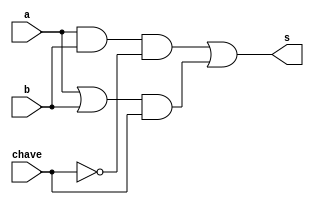
// ------------------------- 
// Exemplo0032 - exercicio2
// Nome: Rafael Tadeu Campos de Medeiros 
// ------------------------- 
// ------------------------- 
// LU_gate 
// ------------------------- 


module LU (output s, input a,input b, input chave);

wire tmp1,tmp2,notchave,tmp3,tmp4;
and AND1(tmp1,a,b);
or OR1(tmp2,a,b);
not NOT1(notchave,chave);
// parte do mux
and AND2(tmp3,tmp1,notchave);
and AND3(tmp4,tmp2,chave);
// parte da saida
or OR2 (s,tmp3,tmp4);

endmodule

module teste;
       reg a;
		 reg b;
       reg chave;
       wire s;

       LU test(s,a,b,chave);


initial begin:main 

$display("Exemplo0032 - Rafael Tadeu - 451609"); 
$display("Test exercicio02's module"); 

a=0;	b=0; chave=0;
$display("\nchave = 0 (operacao and) chave = 1 (operacao or)");

 #1 $monitor("a = %b  b = %b chave = %b saida = %b",a,b,chave, s);
#1a=0;	b=0; chave=0;
#1a=0;	b=0; chave=1;
#1a=0;	b=1; chave=0;
#1a=0;	b=1; chave=1;
#1a=1;	b=0; chave=0;
#1a=1;	b=0; chave=1;
#1a=1;	b=1; chave=0;
#1a=1;	b=1; chave=1;




end 
endmodule // test_f4